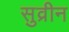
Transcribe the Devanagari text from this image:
सुव्रीन